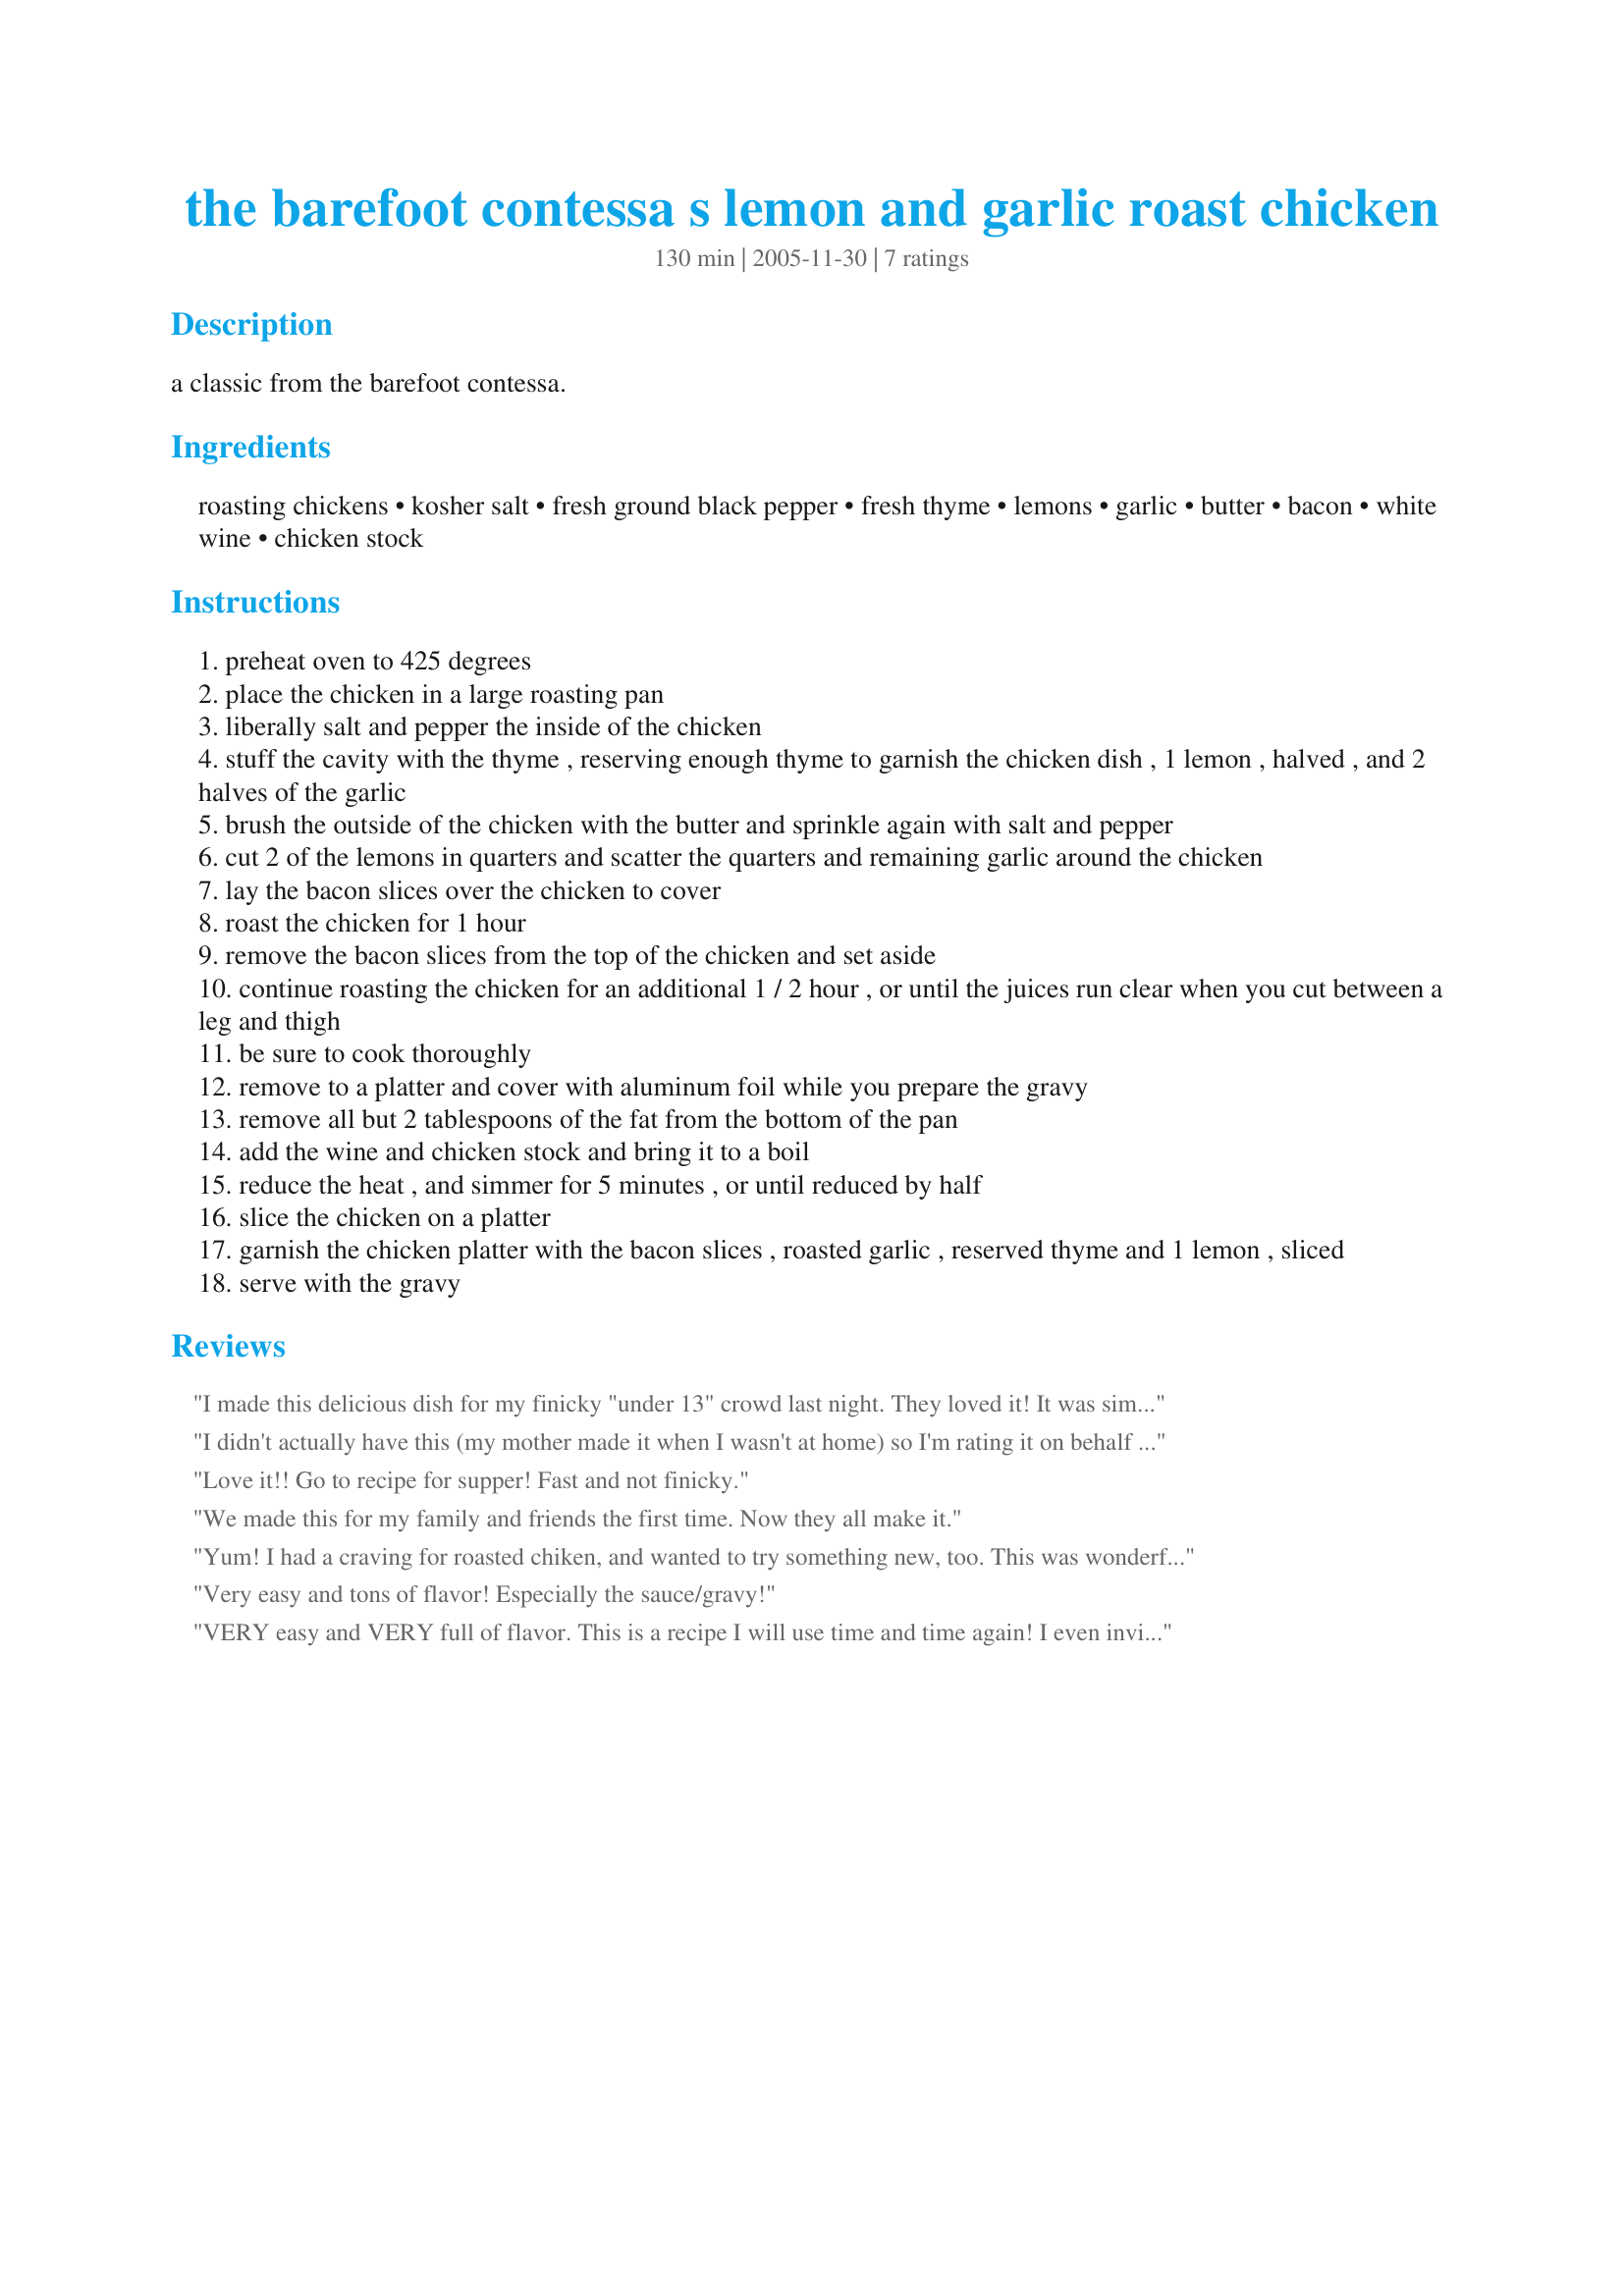
the barefoot contessa s lemon and garlic roast chicken
Preparation time: 130 minutes

a classic from the barefoot contessa.

Ingredients:
roasting chickens, kosher salt, fresh ground black pepper, fresh thyme, lemons, garlic, butter, bacon, white wine, chicken stock

Steps:
preheat oven to 425 degrees
place the chicken in a large roasting pan
liberally salt and pepper the inside of the chicken
stuff the cavity with the thyme , reserving enough thyme to garnish the chicken dish , 1 lemon , halved , and 2 halves of the garlic
brush the outside of the chicken with the butter and sprinkle again with salt and pepper
cut 2 of the lemons in quarters and scatter the quarters and remaining garlic around the chicken
lay the bacon slices over the chicken to cover
roast the chicken for 1 hour
remove the bacon slices from the top of the chicken and set aside
continue roasting the chicken for an additional 1 / 2 hour , or until the juices run clear when you cut between a leg and thigh
be sure to cook thoroughly
remove to a platter and cover with aluminum foil while you prepare the gravy
remove all but 2 tablespoons of the fat from the bottom of the pan
add the wine and chicken stock and bring it to a boil
reduce the heat , and simmer for 5 minutes , or until reduced by half
slice the chicken on a platter
garnish the chicken platter with the bacon slices , roasted garlic , reserved thyme and 1 lemon , sliced
serve with the gravy

Reviews:
I made this delicious dish for my finicky "under 13" crowd last night. They loved it! It was simple to prepare and I look forward to having it again.
I didn't actually have this (my mother made it when I wasn't at home) so I'm rating it on behalf of my family : they all loved it!
Love it!! Go to recipe for supper! Fast and not finicky.
We made this for my family and friends the first time. Now they all make it.
Yum! I had a craving for roasted chiken, and wanted to try something new, too. This was wonderful. The breast meat was moist and tender, and the skin was a beautiful golden brown. I may thicken the gravy a bit more next time, it was a little runny, but tasted great. I used a 4.5 pound chicken, removed the bacon after thirty minutes, and continued to roast for about 18 more minutes. Thanks for posting a great recipe!
Very easy and tons of flavor! Especially the sauce/gravy!
VERY easy and VERY full of flavor. This is a recipe I will use time and time again! I even invited people over to eat it...I don't cook for people! LOL
